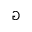
\Game